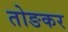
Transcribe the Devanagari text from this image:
तोङकर